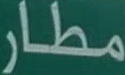
مطار